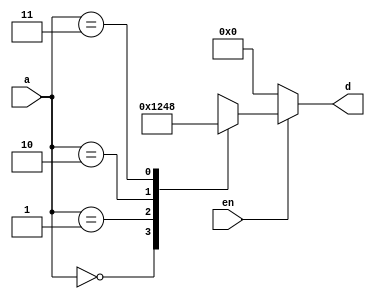
`timescale 1ns / 1ps
//////////////////////////////////////////////////////////////////////////////////
// Company: 
// Engineer: 
// 
// Design Name: 
// Module Name: decoder_2x4_bm
// Project Name: 
// Target Devices: 
// Tool Versions: 
// Description: 
// 
// Dependencies: 
// 
// Revision:
// Revision 0.01 - File Created
// Additional Comments:
// 
//////////////////////////////////////////////////////////////////////////////////


module decoder_2x4_bm(d,a,en);
input en;
input [1:0]a;
output reg [3:0]d;
always@(a,en)
begin
 if(en==0)
    d=4'b0000;
 else
    case(a)
    2'b00: d=4'b0001;
    2'b01: d=4'b0010;
    2'b10: d=4'b0100;
    2'b11: d=4'b1000;
    endcase
 end
endmodule